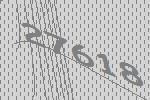
27618